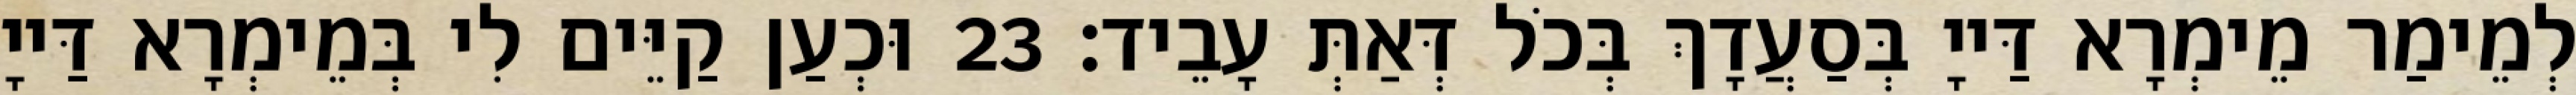
לְמֵימַר מֵימְרָא דַּייָ בְּסַעֲדָךְ בְּכֹל דְּאַתְּ עָבֵיד׃ 23 וּכְעַן קַיֵּים לִי בְּמֵימְרָא דַּייָ